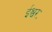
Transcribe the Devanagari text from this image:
ईश्वरः